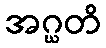
အဂ္ဃတိ